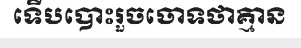
ទើបបោះរួចចោទថាគ្មាន